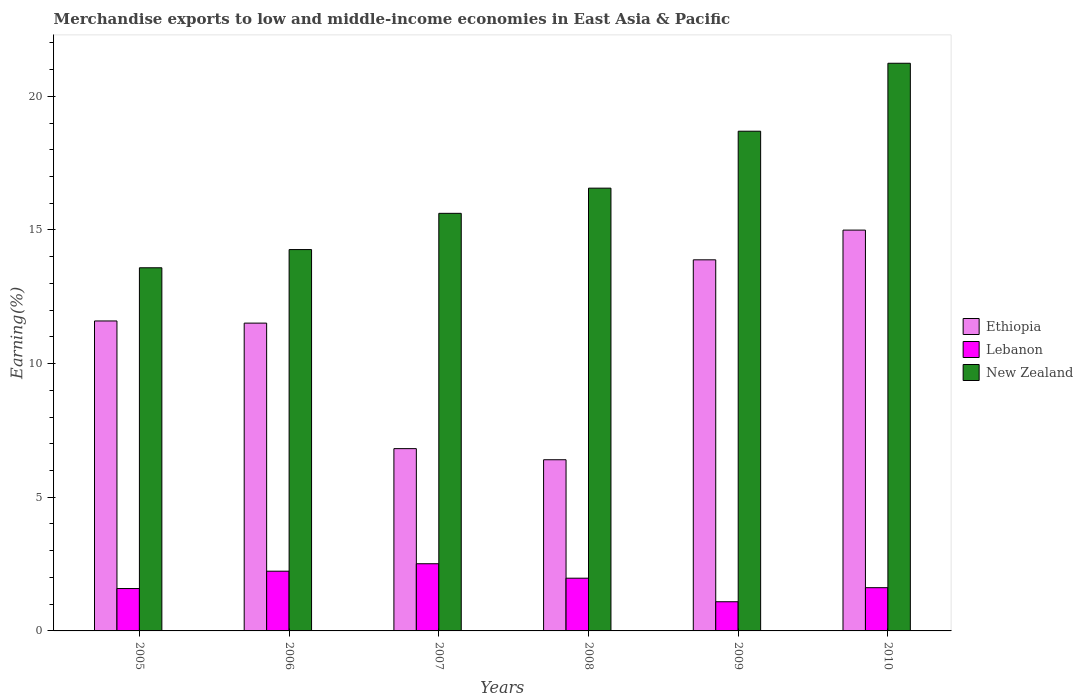
| Years | Ethiopia | Lebanon | New Zealand |
 | --- | --- | --- | --- |
 | 2005 | 11.6 | 1.59 | 13.6 |
 | 2006 | 11.5 | 2.23 | 14.3 |
 | 2007 | 6.82 | 2.51 | 15.6 |
 | 2008 | 6.4 | 1.97 | 16.6 |
 | 2009 | 13.9 | 1.09 | 18.7 |
 | 2010 | 15 | 1.62 | 21.2 |